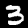
Label: 3